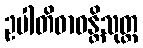
ဥပါတိဓာဝန္တိသုတ္တ